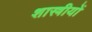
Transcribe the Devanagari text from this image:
शास्त्रीयों